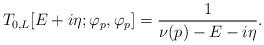
LaTeX: \begin{align*} & T_{0,L}[ E + i \eta; \varphi_p , \varphi_p ] = \frac{1 }{ \nu(p) - E - i \eta} .\end{align*}